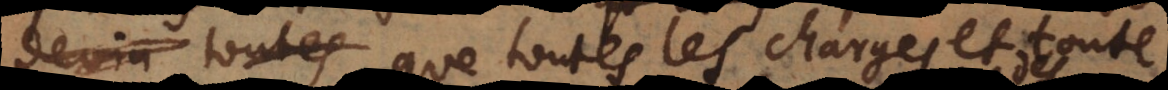
devin toutes que toutes les charges et toute